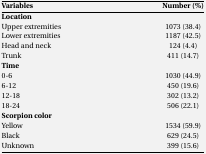
<table><thead><tr><td><b>Variables</b></td><td><b>Number (%)</b></td></tr></thead><tbody><tr><td><b>Location</b></td><td></td></tr><tr><td>Upper extremities</td><td>1073 (38.4)</td></tr><tr><td>Lower extremities</td><td>1187 (42.5)</td></tr><tr><td>Head and neck</td><td>124 (4.4)</td></tr><tr><td>Trunk</td><td>411 (14.7)</td></tr><tr><td><b>Time</b></td><td></td></tr><tr><td>0-6</td><td>1030 (44.9)</td></tr><tr><td>6-12</td><td>450 (19.6)</td></tr><tr><td>12-18</td><td>302 (13.2)</td></tr><tr><td>18-24</td><td>506 (22.1)</td></tr><tr><td><b>Scorpion color</b></td><td></td></tr><tr><td>Yellow</td><td>1534 (59.9)</td></tr><tr><td>Black</td><td>629 (24.5)</td></tr><tr><td>Unknown</td><td>399 (15.6)</td></tr></tbody></table>